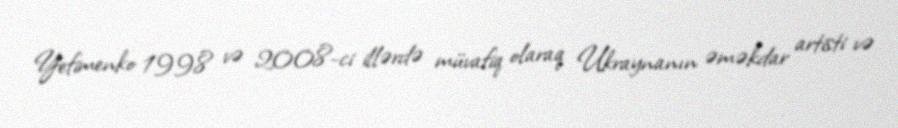
Yefimenko 1998 və 2008-ci illərdə müvafiq olaraq Ukraynanın əməkdar artisti və